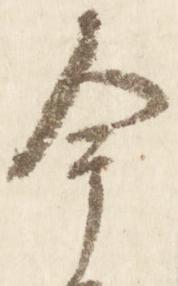
今